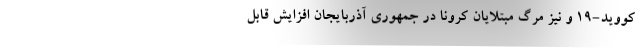
کووید-۱۹ و نیز مرگ مبتلایان کرونا در جمهوری آذربایجان افزایش قابل